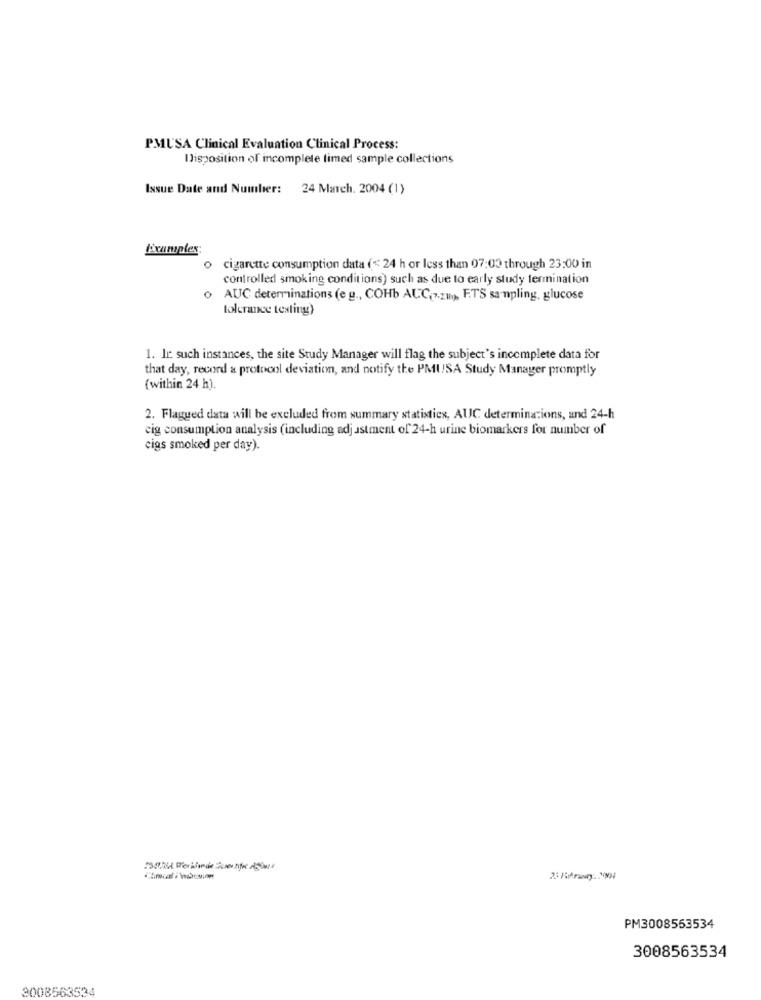
PMUSA Clinical Evaluation Clinical Process:
Disposition of incomplete limed sample collections
Issue Date and Number: 24 March. 2004 (1)
Examples:
o cigarette consumption data (< 24 h or less than 07:00 through 23:00 in
controlled smoking conditions) such as due to early study termination
AUC determinations (e g ., COHb AUC.7.2m), F.TS sampling, glucose
tolerance texting)
1. In such instances, the site Study Manager will flag the subject's incomplete data for
that day, record a protocol deviation, and notify the PMUSA Study Manager promptly
(within 24 h).
2. Flagued data will be excluded from summary statistics, AUC determinations, and 24-h
cig consumption analysis (including adjustment of 24-h urine biomarkers for number of
cigs smoked per day).
PM3008553534
3008563534
3008563534